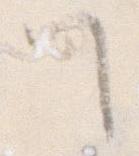
て